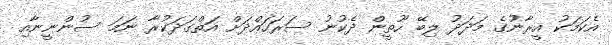
އެކަމަކު އީރާނުގެ މަދަދު ލިބޭ ހޫތީން ދެކުނު ސަރަހައްދަށް އަތްގަދަކުރާ ނަމަ ސުންނީނާއި